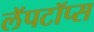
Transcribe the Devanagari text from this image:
लॅपटॉप्स